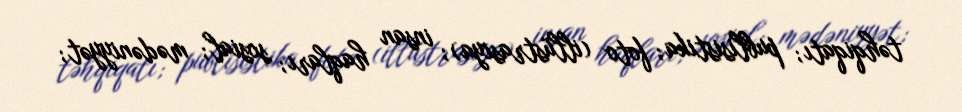
təhqiqatı; publisistika; foto (illüstrasiya); insan haqları; sosial; mədəniyyət;